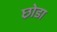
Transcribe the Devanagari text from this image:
छ़ोडा